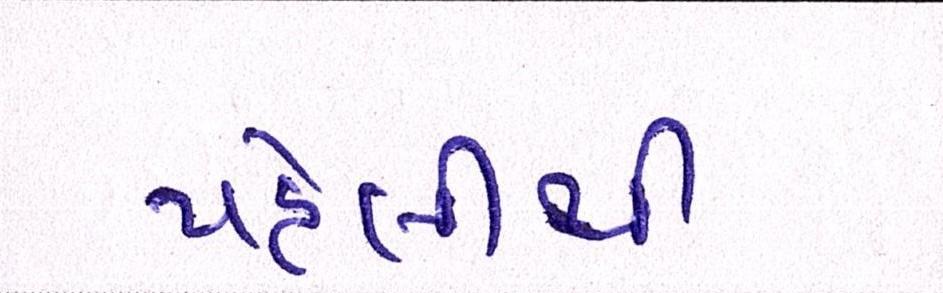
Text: પહેલીથી